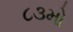
૮૩મો